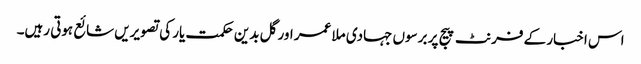
اس اخبار کے فرنٹ پیج پر برسوں جہادی ملا عمر اور گل بدین حکمت یار کی تصویریں شائع ہوتی رہیں۔